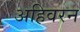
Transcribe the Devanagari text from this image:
अहिवरन